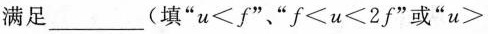
满足___(填”u”<f”、”f≤u<2f”或”u＞